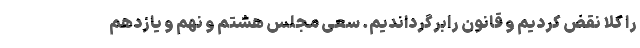
را کلا نقض کردیم و قانون رابرگرداندیم. سعی مجلس هشتم و نهم و یازدهم